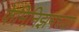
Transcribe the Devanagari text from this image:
फेमिनिझमच्या